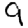
Digit: 9